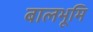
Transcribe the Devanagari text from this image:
बालभूमि